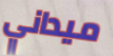
ميداني